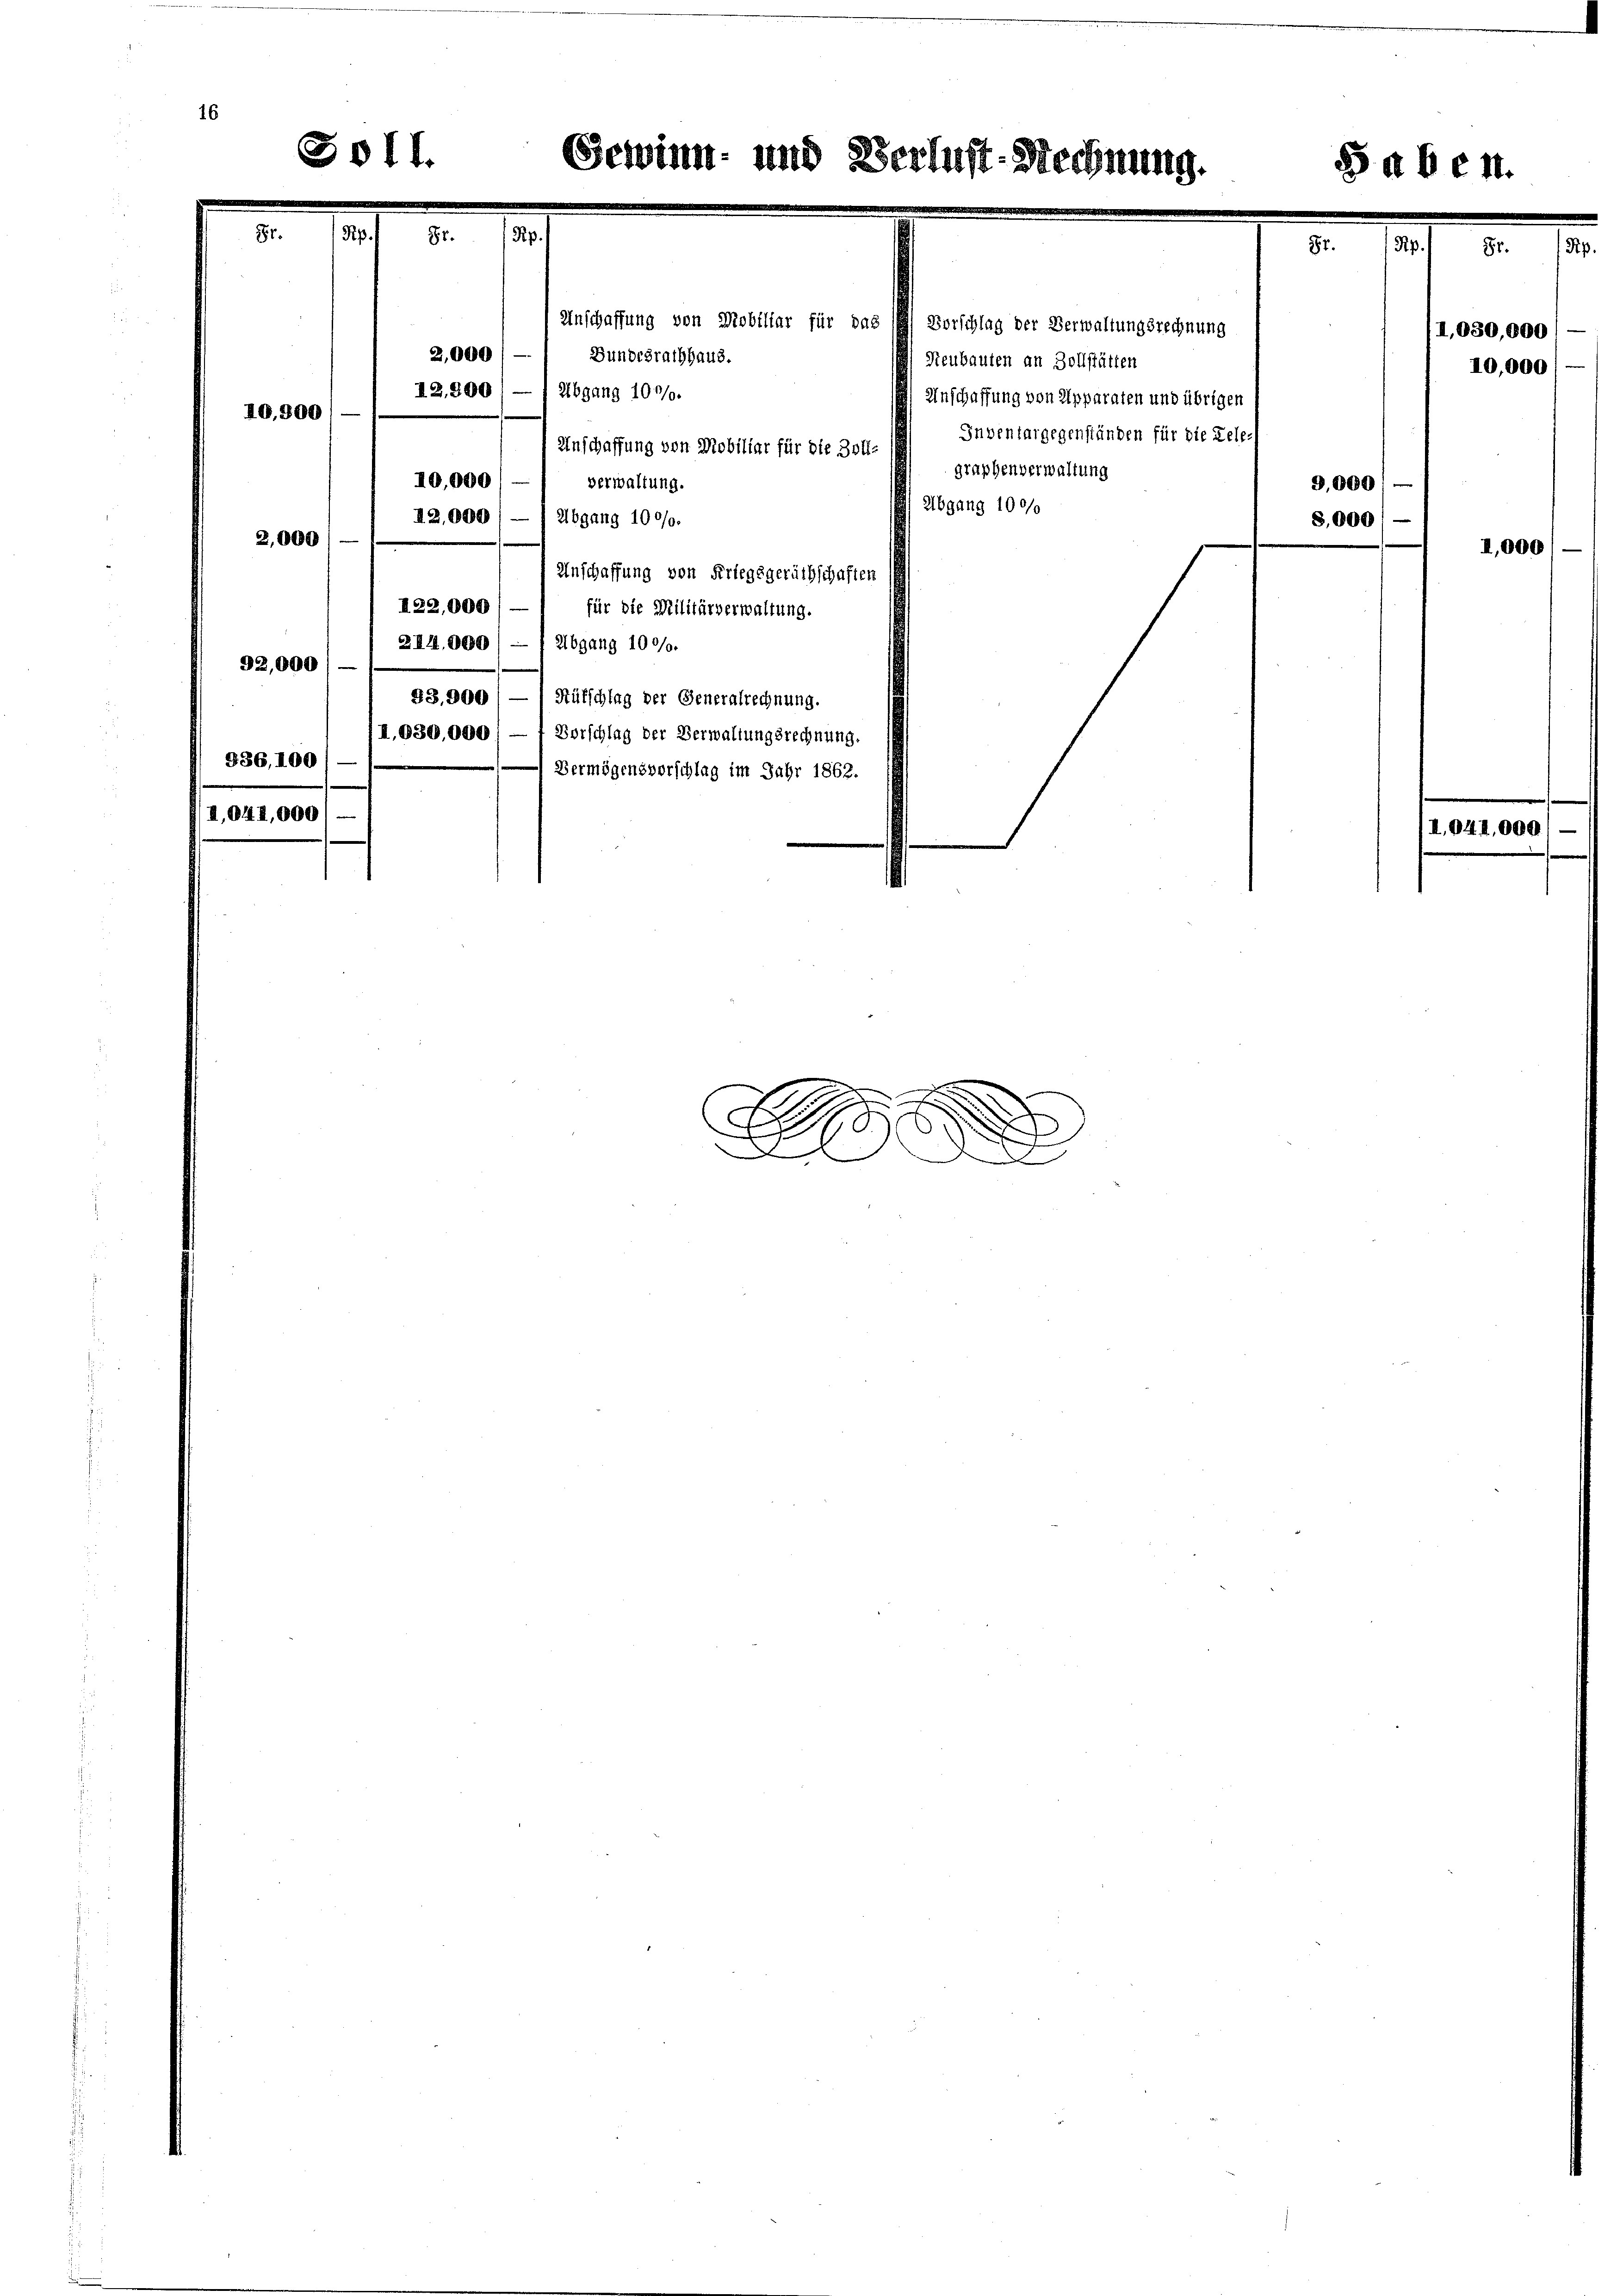
Anschaffung von Mobiliar für das
Bundesrathhaus.
Abgang 100/0.
Anschaffung von Mobiliar für die Zoll-
10,000
verwaltung.
12,000
Abgang 100/0.
2,000
Anschaffung von Kriegsgeräthschaften
I22,000
für die Militärverwaltung.
241. 800
Abgang 1000.
92,000.
33,900
Aufschlag der Generalrechnung.
I,930,000) — f Vorschlag der Verwaltungsrechnung.
936, 100
Vermögensverschlag im Jahr 1862.
II,041,000

I0,800

2,000
12,500

winn. 120 §

.
.

Verlust-Rechnung.

Vorschlag der Verwaltungsrechnung
Neubauten an Zollstätten

graphenverwaltung
2bgang 100/0

Anschaffung von Apparaten und übrigen
Inventargegenständen für die Kele¬
9,000
8.000

,030,000
10,000

1,000